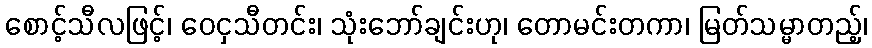
စောင့်သီလဖြင့်၊ ဝေငှသီတင်း၊ သုံးဘော်ချင်းဟု၊ တောမင်းတကာ၊ မြတ်သမ္မာတည့်၊